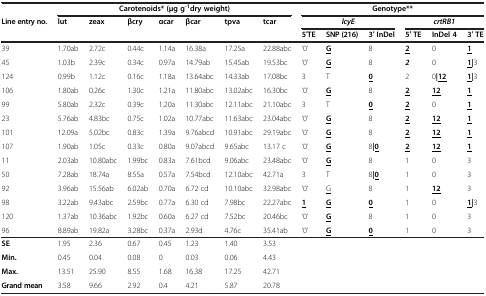
<table><thead><tr><td><b> </b></td><td colspan="7"><b>Carotenoids* (μg g<sup>-1</sup>dry weight)</b></td><td colspan="6"><b>Genotype**</b></td></tr><tr><td><b>Line entry no.</b></td><td><b>lut</b></td><td><b>zeax</b></td><td><b>βcry</b></td><td><b>αcar</b></td><td><b>βcar</b></td><td><b>tpva</b></td><td><b>tcar</b></td><td colspan="3"><b><i>lcyE</i></b></td><td colspan="3"><b><i>crtRB1</i></b></td></tr><tr><td colspan="8"><b> </b></td><td><b>5′TE</b></td><td><b>SNP (216)</b></td><td><b>3′ InDel</b></td><td><b>5′ TE</b></td><td><b>InDel 4</b></td><td><b>3′ TE</b></td></tr></thead><tbody><tr><td>39</td><td>1.70ab</td><td>2.72c</td><td>0.44c</td><td>1.14a</td><td>16.38a</td><td>17.25a</td><td>22.88abc</td><td> 0’</td><td><b><underline>G</underline></b></td><td>8</td><td><b><underline>2</underline></b></td><td>0</td><td><b><underline>1</underline></b></td></tr><tr><td>45</td><td>1.03b</td><td>2.39c</td><td>0.34c</td><td>0.97a</td><td>14.79ab</td><td>15.45ab</td><td>19.53bc</td><td> 0’</td><td><b><underline>G</underline></b></td><td>8</td><td><b><i>2</i></b></td><td>0</td><td><b><underline>1</underline></b><b>|</b>3</td></tr><tr><td>124</td><td>0.99b</td><td>1.12c</td><td>0.16c</td><td>1.18a</td><td>13.64abc</td><td>14.33ab</td><td>17.08bc</td><td>3</td><td>T</td><td><b><underline>0</underline></b></td><td>2</td><td>0<b>|</b><b><underline>12</underline></b></td><td><b><underline>1</underline></b><b>|</b>3</td></tr><tr><td>106</td><td>1.80ab</td><td>0.26c</td><td>1.30c</td><td>1.21a</td><td>11.80abc</td><td>13.02abc</td><td>16.30bc</td><td> 0’</td><td><b><underline>G</underline></b></td><td>8</td><td><b><underline>2</underline></b></td><td><b><underline>12</underline></b></td><td><b><underline>1</underline></b></td></tr><tr><td>99</td><td>5.80ab</td><td>2.32c</td><td>0.39c</td><td>1.20a</td><td>11.30abc</td><td>12.11abc</td><td>21.10abc</td><td>3</td><td>T</td><td><b><underline>0</underline></b></td><td><b><underline>2</underline></b></td><td>0</td><td><b><underline>1</underline></b></td></tr><tr><td>23</td><td>5.76ab</td><td>4.83bc</td><td>0.75c</td><td>1.02a</td><td>10.77abc</td><td>11.63abc</td><td>23.04abc</td><td> 0’</td><td><b><underline>G</underline></b></td><td>8</td><td><b><underline>2</underline></b></td><td><b><underline>12</underline></b></td><td><b><underline>1</underline></b></td></tr><tr><td>101</td><td>12.09a</td><td>5.02bc</td><td>0.83c</td><td>1.39a</td><td>9.76abcd</td><td>10.91abc</td><td>29.19abc</td><td> 0’</td><td><b><underline>G</underline></b></td><td>8</td><td><b><underline>2</underline></b></td><td><b><underline>12</underline></b></td><td><b><underline>1</underline></b></td></tr><tr><td>107</td><td>1.90ab</td><td>1.05c</td><td>0.33c</td><td>0.80a</td><td>9.07abcd</td><td>9.65abc</td><td>13.17 c</td><td> 0’</td><td><b><underline>G</underline></b></td><td>8<b>|</b><b><underline>0</underline></b></td><td><b><underline>2</underline></b></td><td><b><underline>12</underline></b></td><td><b><underline>1</underline></b></td></tr><tr><td>11</td><td>2.03ab</td><td>10.80abc</td><td>1.99bc</td><td>0.83a</td><td>7.61bcd</td><td>9.06abc</td><td>23.48abc</td><td> 0’</td><td><b><underline>G</underline></b></td><td>8</td><td>1</td><td>0</td><td>3</td></tr><tr><td>50</td><td>7.28ab</td><td>18.74a</td><td>8.55a</td><td>0.57a</td><td>7.54bcd</td><td>12.10abc</td><td>42.71a</td><td>3</td><td>T</td><td>8<b>|</b><b><underline>0</underline></b></td><td>1</td><td>0</td><td>3</td></tr><tr><td>92</td><td>3.96ab</td><td>15.56ab</td><td>6.02ab</td><td>0.70a</td><td>6.72 cd</td><td>10.10abc</td><td>32.98abc</td><td> 0’</td><td><underline>G</underline></td><td>8</td><td>1</td><td><b><underline>12</underline></b></td><td>3</td></tr><tr><td>98</td><td>3.22ab</td><td>9.43abc</td><td>2.59bc</td><td>0.77a</td><td>6.30 cd</td><td>7.98bc</td><td>22.27abc</td><td><b><underline>1</underline></b></td><td><b><underline>G</underline></b></td><td><b><underline>0</underline></b></td><td>1</td><td>0</td><td><b><underline>1</underline></b><b>|</b>3</td></tr><tr><td>120</td><td>1.37ab</td><td>10.36abc</td><td>1.92bc</td><td>0.60a</td><td>6.27 cd</td><td>7.52bc</td><td>20.46bc</td><td> 0’</td><td><b><underline>G</underline></b></td><td>8</td><td>1</td><td>0</td><td>3</td></tr><tr><td>96</td><td>8.89ab</td><td>19.82a</td><td>3.28bc</td><td>0.37a</td><td>2.93d</td><td>4.76c</td><td>35.41ab</td><td> 0’</td><td><b><underline>G</underline></b></td><td><b><underline>0</underline></b></td><td>1</td><td>0</td><td>3</td></tr><tr><td><b>SE</b></td><td>1.95</td><td>2.36</td><td>0.67</td><td>0.45</td><td>1.23</td><td>1.40</td><td>3.53</td><td> </td><td> </td><td> </td><td> </td><td> </td><td> </td></tr><tr><td><b>Min.</b></td><td>0.45</td><td>0.04</td><td>0.08</td><td>0</td><td>0.03</td><td>0.06</td><td>4.43</td><td> </td><td> </td><td> </td><td> </td><td> </td><td> </td></tr><tr><td><b>Max.</b></td><td>13.51</td><td>25.90</td><td>8.55</td><td>1.68</td><td>16.38</td><td>17.25</td><td>42.71</td><td> </td><td> </td><td> </td><td> </td><td> </td><td> </td></tr><tr><td><b>Grand mean</b></td><td>3.58</td><td>9.66</td><td>2.92</td><td>0.4</td><td>4.21</td><td>5.87</td><td>20.78</td><td> </td><td> </td><td> </td><td> </td><td> </td><td> </td></tr></tbody></table>